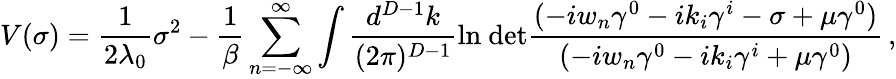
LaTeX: V(\sigma)=\frac{1}{2\lambda_{0}}\sigma^{2}-\frac{1}{\beta}\sum_{n=-\infty}^{\infty}\int\frac{d^{D-1}k}{(2\pi)^{D-1}}\mathrm{ln~det}\frac{(-iw_{n}\gamma^{0}-ik_{i}\gamma^{i}-\sigma+\mu\gamma^{0})}{(-iw_{n}\gamma^{0}-ik_{i}\gamma^{i}+\mu\gamma^{0})}\, ,